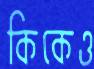
কিকেও